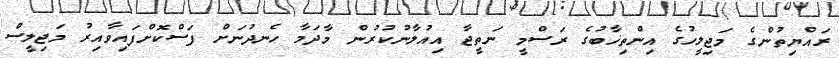
ރައްޔިތުންގެ މަޖިލީހުގެ އިންތިޚާބުގެ ރަސްމީ ނަތީޖާ އިއުލާނުކުރުން މާދަމާ ހެނދުނަށް ފަސްކޮށްފައިވާއިރު މަޖިލީސް